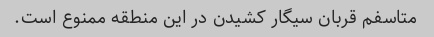
متاسفم قربان سیگار کشیدن در این منطقه ممنوع است.